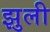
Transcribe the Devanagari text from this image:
झुली